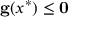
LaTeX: \mathbf { g } ( x ^ { * } ) \leq \mathbf { 0 }